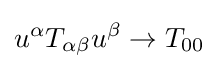
u^{\alpha }T_{\alpha \beta }u^{\beta }\rightarrow T_{00}